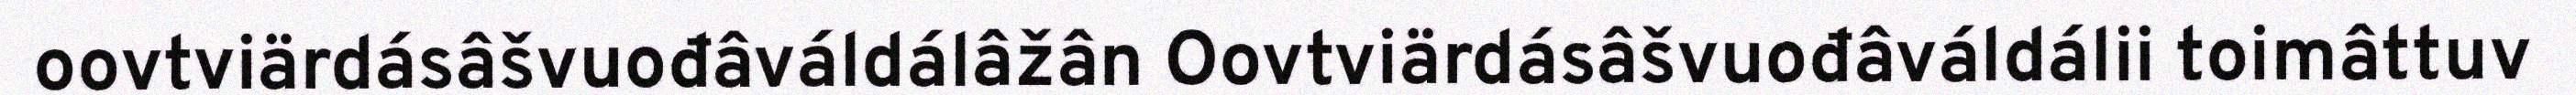
oovtviärdásâšvuođâváldálâžân Oovtviärdásâšvuođâváldálii toimâttuv